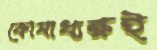
কোষাধ্যক্ষই